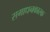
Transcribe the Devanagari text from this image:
समाधनकारक